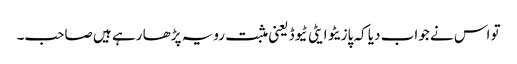
تو اس نے جواب دیا کہ پازیٹو ایٹی ٹیوڈ یعنی مثبت رویہ پڑھا رہے ہیں صاحب۔